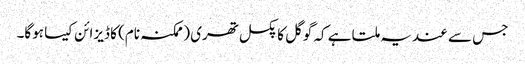
جس سے عندیہ ملتا ہے کہ گوگل کا پکسل تھری (ممکنہ نام) کا ڈیزائن کیسا ہوگا۔